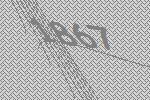
1867